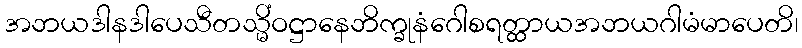
အဘယဒါနဒါပေသီတသ္မိံဝဋ္ဌာနေဘိက္ခုနံဂေါစရတ္ထာယအဘယဂါမံမာပေတိ၊